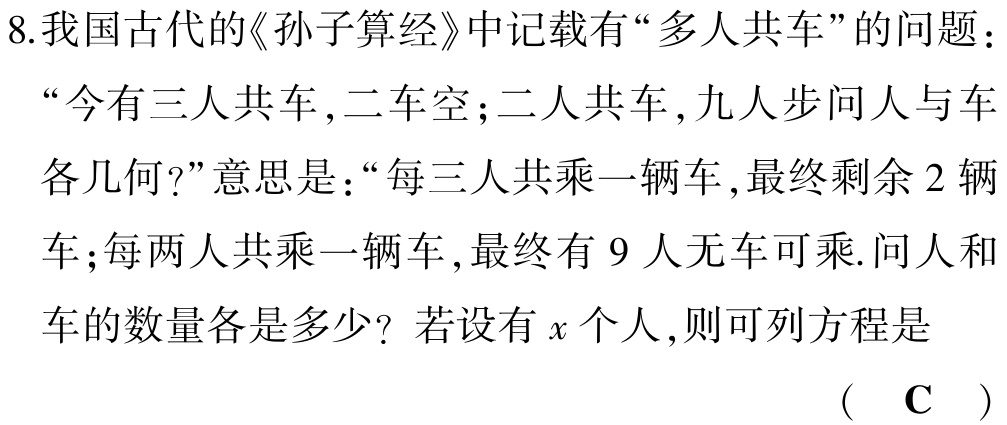
8.我国古代的《孙子算经》中记载有“多人共车”的问题：“今有三人共车,二车空;二人共车,九人步问人与车各几何?”意思是：“每三人共乘一辆车,最终剩余 2 辆车;每两人共乘一辆车,最终有 9 人无车可乘.问人和车的数量各是多少？若设有\(x\)个人,则可列方程是

( C )